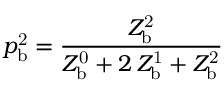
p _ { \mathrm { b } } ^ { \mathrm { 2 } } = \frac { Z _ { \mathrm { b } } ^ { \mathrm { 2 } } } { Z _ { \mathrm { b } } ^ { \mathrm { 0 } } + 2 \, Z _ { \mathrm { b } } ^ { \mathrm { 1 } } + Z _ { \mathrm { b } } ^ { \mathrm { 2 } } }